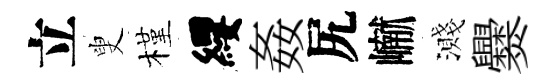
立叟槿纓姦尻𪩘濺爨